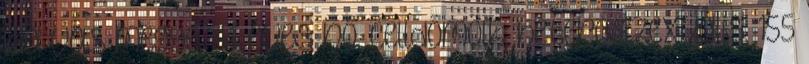
Ida Vas megye, 46 éves nő, Celldömölk, heteroszexuális, 155